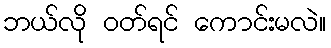
ဘယ်လို ဝတ်ရင် ကောင်းမလဲ။